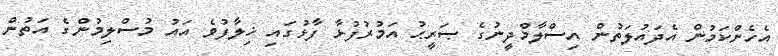
އެހެންކަމުން އެދައުލަތުން އިސްލާމްދީނުގެ ޞަރީޙު އަމުރުފުޅާ ފާޅުގައި ޚިލާފުވެ އައު މުސްލިމުންގެ އަތުން